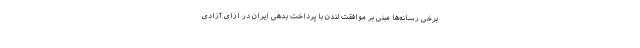
برخی رسانه‌ها مبنی بر موافقت لندن با پرداخت بدهی ایران در ازای آزادی